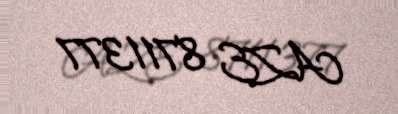
AZE 8711377